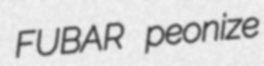
FUBAR peonize